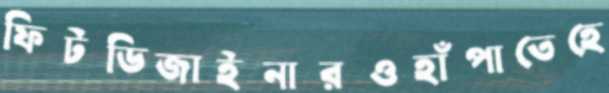
ফিটডিজাইনারওহাঁপাতেহে